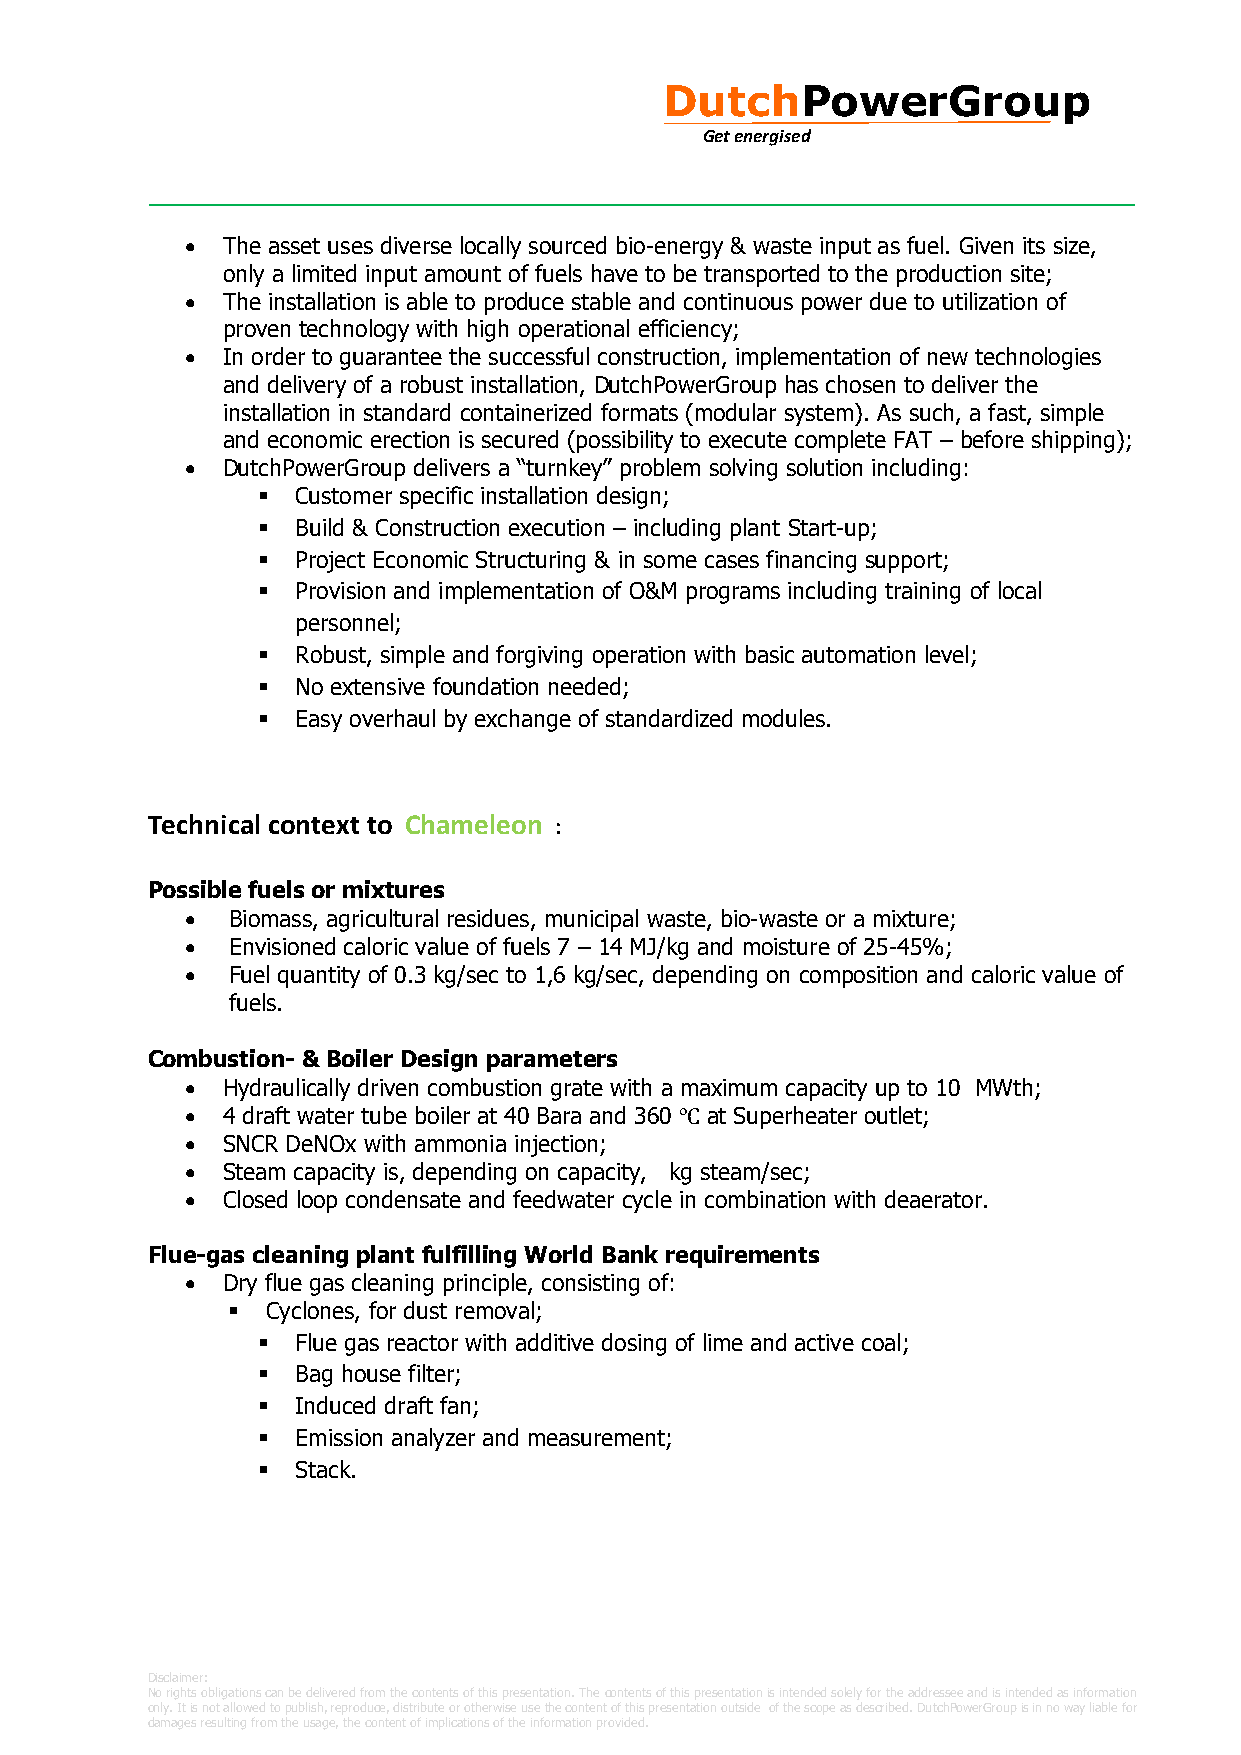
DutchPowerGroup
 Get energised
 •  The asset uses diverse locally sourced bio-energy & waste input as fuel. Given its size,
 only a limited input amount of fuels have to be transported to the production site;
 •  The installation is able to produce stable and continuous power due to utilization of
 proven technology with high operational efficiency;
 •  In order to guarantee the successful construction, implementation of new technologies
 and delivery of a robust installation, DutchPowerGroup has chosen to deliver the
 installation in standard containerized formats (modular system). As such, a fast, simple
 and economic erection is secured (possibility to execute complete FAT – before shipping);
 •  DutchPowerGroup delivers a “turnkey” problem solving solution including:
 ▪  Customer specific installation design;
 ▪  Build & Construction execution – including plant Start-up;
 ▪  Project Economic Structuring & in some cases financing support;
 ▪  Provision and implementation of O&M programs including training of local
 personnel;
 ▪  Robust, simple and forgiving operation with basic automation level;
 ▪  No extensive foundation needed;
 ▪  Easy overhaul by exchange of standardized modules.
 Technical context to Chameleon :
 Possible fuels or mixtures
 •  Biomass, agricultural residues, municipal waste, bio-waste or a mixture;
 •  Envisioned caloric value of fuels 7 – 14 MJ/kg and moisture of 25-45%;
 •  Fuel quantity of 0.3 kg/sec to 1,6 kg/sec, depending on composition and caloric value of
 fuels.
 Combustion- & Boiler Design parameters
 •  Hydraulically driven combustion grate with a maximum capacity up to 10 MWth;
 •  4 draft water tube boiler at 40 Bara and 360 ℃ at Superheater outlet;
 •  SNCR DeNOx with ammonia injection;
 •  Steam capacity is, depending on capacity, kg steam/sec;
 •  Closed loop condensate and feedwater cycle in combination with deaerator.
 Flue-gas cleaning plant fulfilling World Bank requirements
 •  Dry flue gas cleaning principle, consisting of:
 ▪  Cyclones, for dust removal;
 ▪  Flue gas reactor with additive dosing of lime and active coal;
 ▪  Bag house filter;
 ▪  Induced draft fan;
 ▪  Emission analyzer and measurement;
 ▪  Stack.
 Disclaimer:
 No rights obligations can be delivered from the contents of this presentation. The contents of this presentation is intended solely for the addressee and is intended as information
 only. It is not allowed to publish, reproduce, distribute or otherwise use the content of this presentation outside of the scope as described. DutchPowerGroup is in no way liable for
 damages resulting from the usage, the content of implications of the information provided.